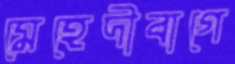
মেহেদীবাগে